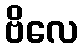
ဗိလေ